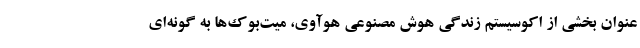
عنوان بخشی از اکوسیستم زندگی هوش مصنوعی هوآوی، میت‌بوک‌ها به گونه‌ای